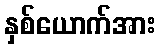
နှစ်ယောက်အား